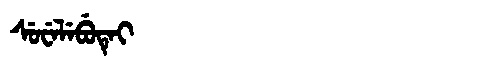
Manchu: ᠰᡠᠸᡝᠯᡝᠪᡠᡨᡝᡳ
Romanization: SUWELEBUTEI